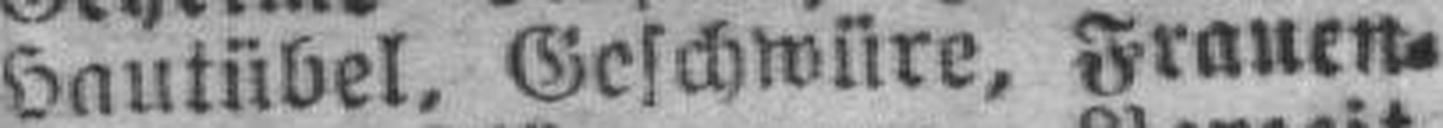
Hautübel, Geschwüre, Frauen¬